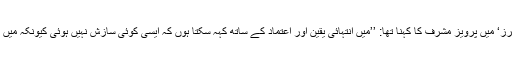
’واشنگٹن کے وُڈرو وِلسن انٹرنیشنل سینٹر فار اسکالرز‘ میں پرویز مشرف کا کہنا تھا: ’’میں انتہائی یقین اور اعتماد کے ساتھ کہہ سکتا ہوں کہ ایسی کوئی سازش نہیں ہوئی کیونکہ میں ایک چیز سے بخوبی آگاہ ہوں کہ ایسا کچھ نہیں ہوا۔